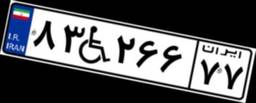
۸۳W۲۶۶۷۷